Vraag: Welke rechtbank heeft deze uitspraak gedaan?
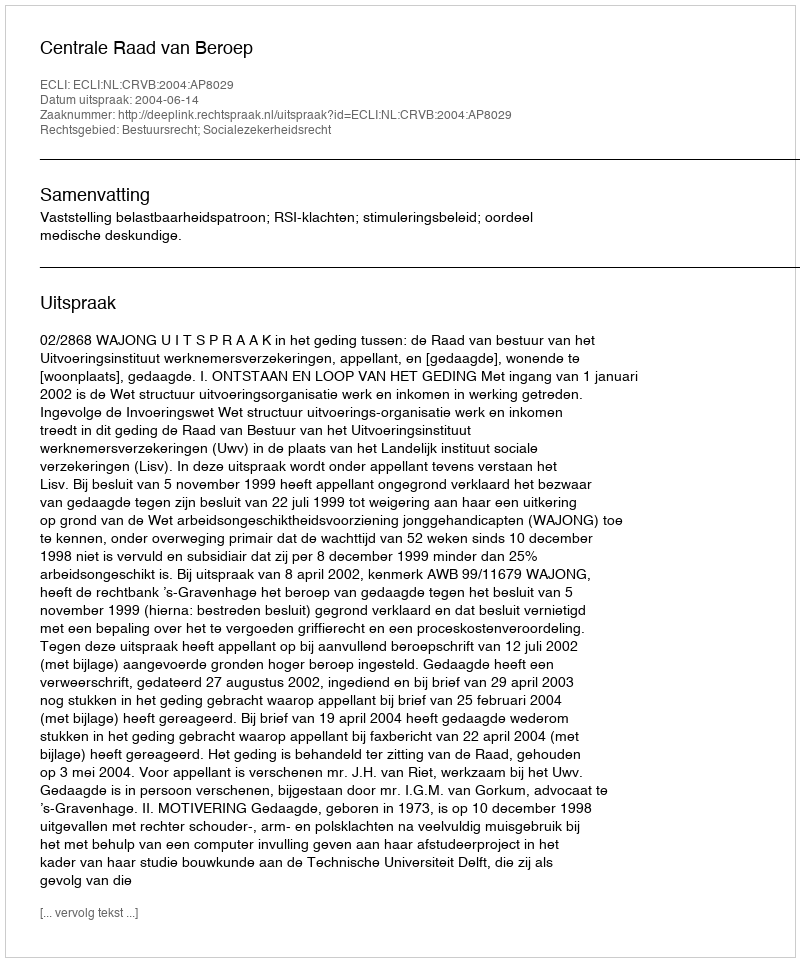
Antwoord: Centrale Raad van Beroep